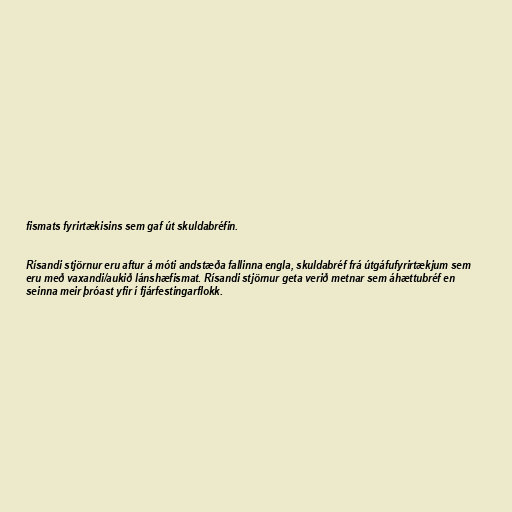
fismats fyrirtækisins sem gaf út skuldabréfin.

Rísandi stjörnur eru aftur á móti andstæða fallinna engla, skuldabréf frá útgáfufyrirtækjum sem
eru með vaxandi/aukið lánshæfismat. Rísandi stjörnur geta verið metnar sem áhættubréf en
seinna meir þróast yfir í fjárfestingarflokk.